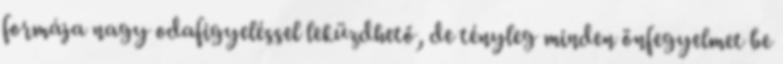
formája nagy odafigyeléssel leküzdhető, de tényleg minden önfegyelmet be